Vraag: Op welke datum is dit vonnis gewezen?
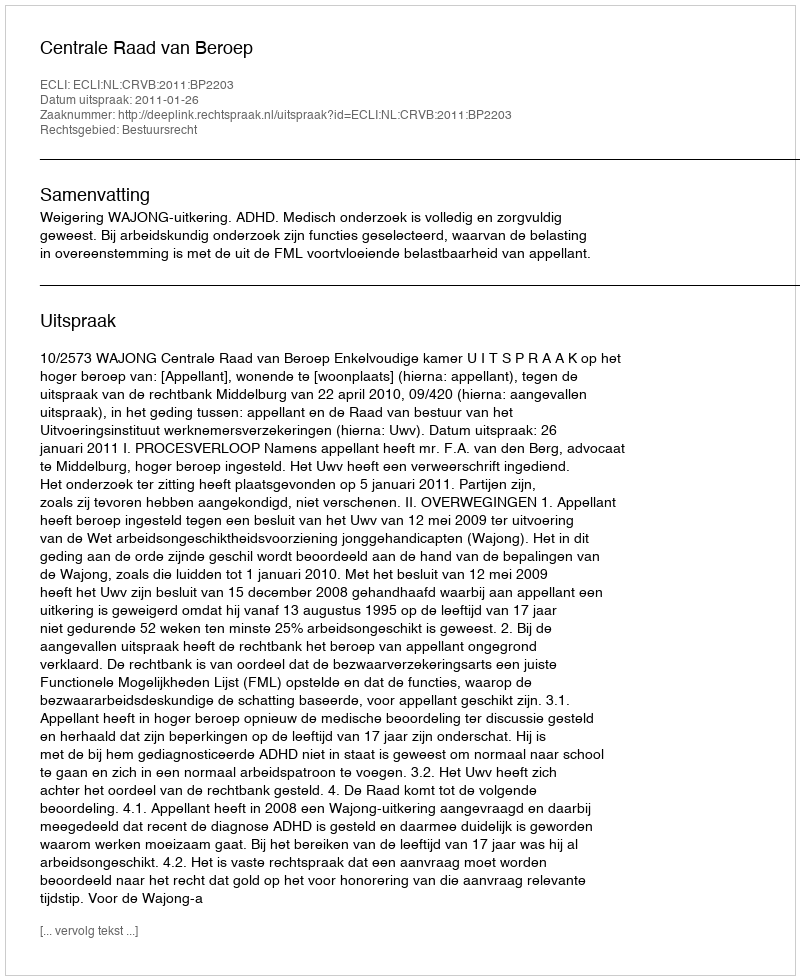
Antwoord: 2011-01-26